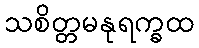
သစိတ္တမနုရက္ခထ